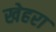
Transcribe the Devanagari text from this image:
खेहरा